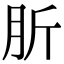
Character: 肵